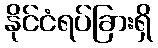
နိုင်ငံရပ်ခြားရှိ